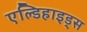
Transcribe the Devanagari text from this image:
एल्डिहाइड्स